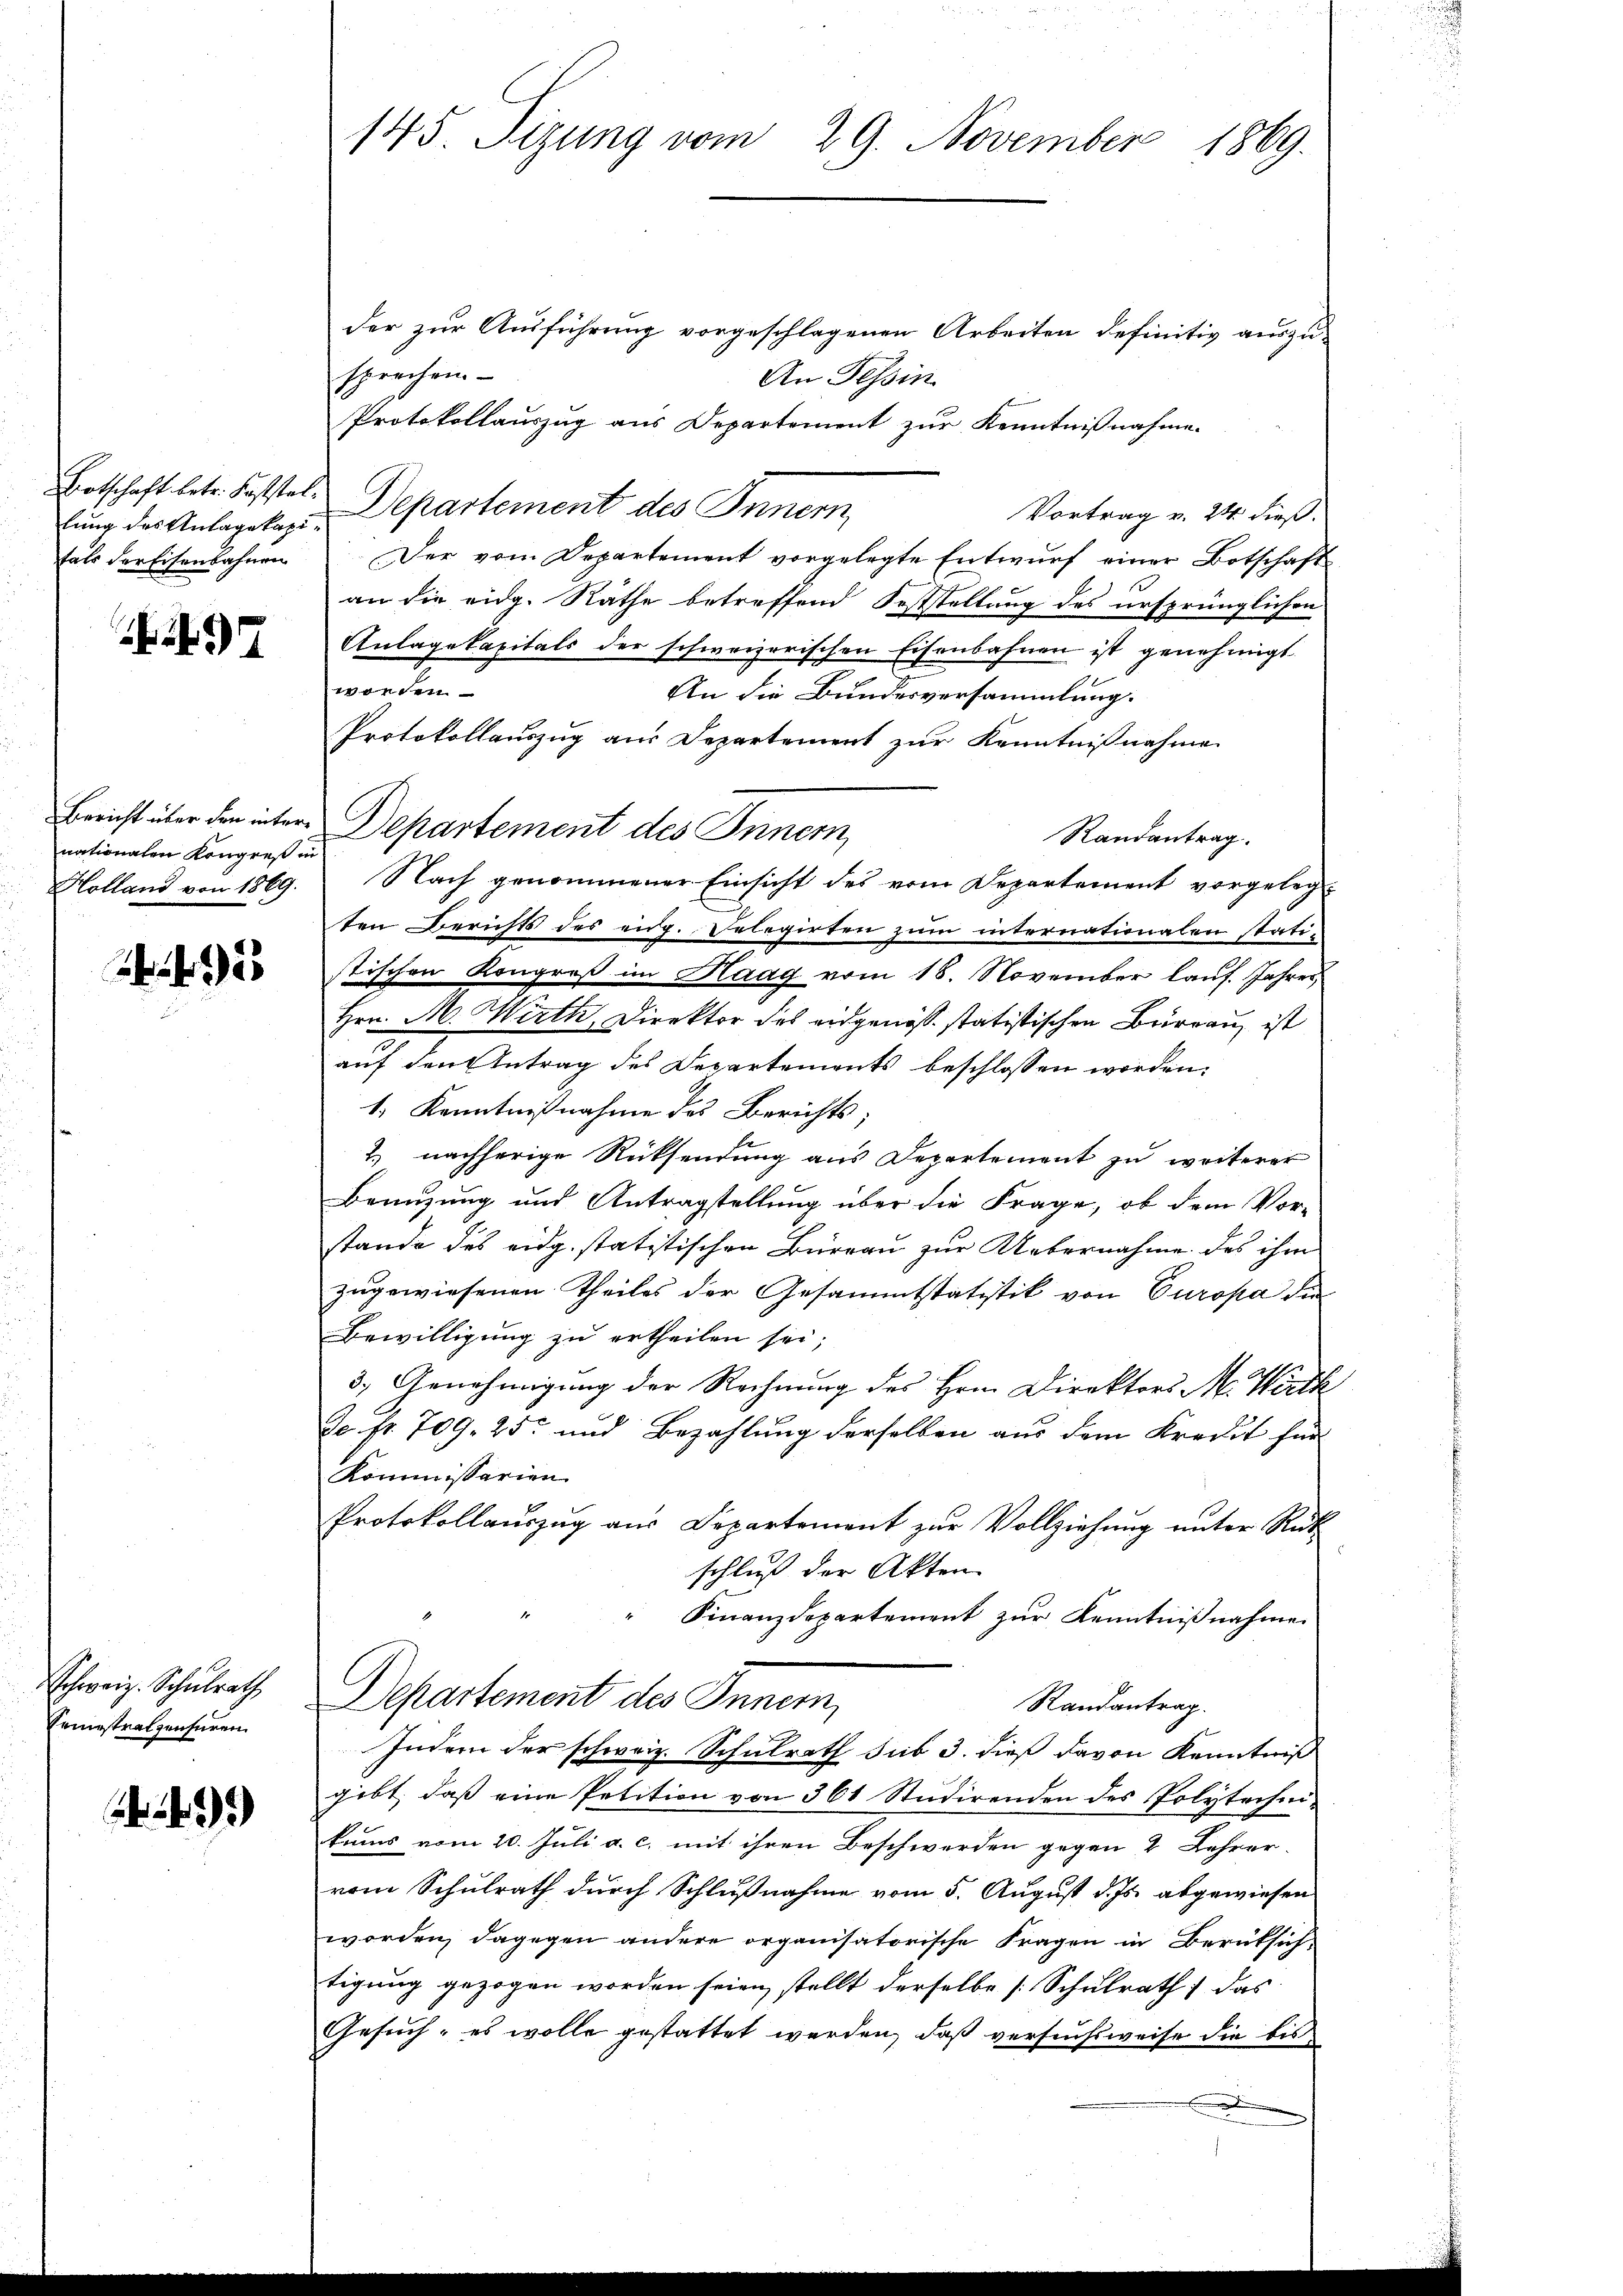
lung des Anlagekapifals der Eisenbahnen

2

nationalen Kongreß in
Holland von 1869.

2

Schweiz. Schulrath
Semestratzensuren

)

145. Seizung vom 29. November 1869.

der zur Ausführung vorgeschlagenen Arbeiten definitiv auszu-
sprechen
An Tessin
Protokollauszug aus Departement zur Kenntnißnahme.
Botschaft betr. Fasstel. Departement des Innern,
Vortrag v. 24. dieß.
Der vom Departement vorgelegte Entwurf einer Botschaft
an die eidg. Räthe betreffend Feststellung des ursprünglichen
Anlagekapitals der schweizerischen Eisenbahnen ist genehmigt.
worden
An die Bundesversammlung.
Protokollauszug aus Departement zur Kenntnißnahme
Bericht über den intere Departement des Innern
Randantrag.
Nach genommener Einsicht des vom Departement vorgeleg
ten Berichts des eidg. Delegirten zum internationalen stati-
stischen Kongreß im Haag vom 18. November lauf. Jahres
Hrn. M. Wirth, Direktor des eidgenösse statistischen Burgau ist
auf den Antrag des Departements beschlossen worden.
1. Kenntnißnahme des Berichts;
2.) nachherige Rücksendung aus Departement zu weiterer
Benuzung und Antragstellung über die Frage, ob dem Vorstande des eidg. statistischen Büreau zur Uebernahme des ihm
zugewiesenen Theiles der Gesammtstatistik von Europa die
Bewilligung zu ertheilen sei;
3.) Genehmigung der Rechnung des Hrn. Direktors M. Wirth
do. fr. 709. 25. und Bezahlung derselben aus dem Kredit für
Kommissarien
Protokollauszug aus Departement zur Vollziehung unter Rück
schluß der Akten
" Finanzdepartement zur Kenntnißnahmen
Departement des Innern,
Randantrag.
Indem der schweiz. Schulrath sub 3. dieß davon Kenntniß
gibt, daß eine Petition von 361 Studirenden des Polytechni-
kums vom 10. Juli a. c. mit ihren Beschwerden gegen 2 Lehrer
vom Schulrath durch Schlußnahme vom 5. August d. Js. abgewiesen
worden, dagegen andere organisatorische Fragen in Berüksichtigung gezogen worden seien, stellt derselbe [Schulrath das
Gesuch, es wolle gestattet werden, daß versuchsweise die bis